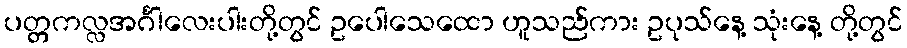
ပတ္တကလ္လအင်္ဂါလေးပါးတို့တွင် ဥပေါသေထော ဟူသည်ကား ဥပုသ်နေ့ သုံးနေ့ တို့တွင်